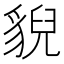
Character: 貎